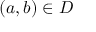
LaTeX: ( a , b ) \in D